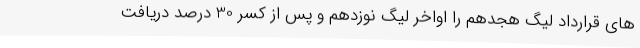
های قرارداد لیگ هجدهم را اواخر لیگ نوزدهم و پس از کسر 30 درصد دریافت